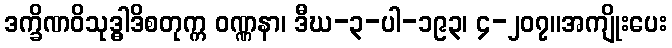
ဒက္ခိဏဝိသုဒ္ဓါဒိစတုက္က ဝဏ္ဏနာ၊ ဒီဃ-၃-ပါ-၁၉၃၊ ၄-၂၀၇။အကျိုးပေး